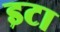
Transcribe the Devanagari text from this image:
इटा